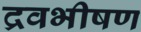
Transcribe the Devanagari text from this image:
द्रवभीषण